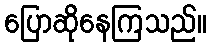
ပြောဆိုနေကြသည်။